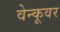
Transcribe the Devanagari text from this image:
वेन्कूवर